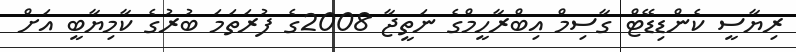
ރިޔާސީ ކެންޑިޑޭޓް ގާސިމް އިބްރާހީމްގެ ނަތީޖާ 2008ގެ ފުރަތަމަ ބުރުގެ ކާމިޔާބީ އަށް